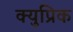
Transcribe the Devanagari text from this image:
क्युप्रिक